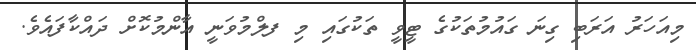
މިއަހަރު އަރަބި ގިނަ ގައުމުތަކުގެ ޓީވީ ތަކުގައި މި ފލްމުވަނީ އާންމުކޮށް ދައްކާފައެވެ.